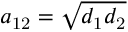
a _ { \mathrm { 1 2 } } = \sqrt { d _ { \mathrm { 1 } } d _ { \mathrm { 2 } } }